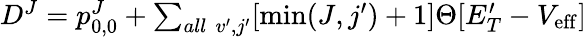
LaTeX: \begin{array}{r}{D^{J}=p_{0,0}^{J}+\sum_{\mathrm{}all\, \, v^{\prime},j^{\prime}}[\operatorname*{min}(J,j^{\prime})+1]\Theta[E_{T}^{\prime}-V_{\mathrm{eff}}]}\end{array}